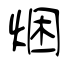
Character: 焑